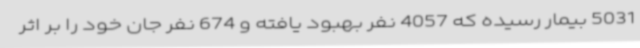
5031 بیمار رسیده که 4057 نفر بهبود یافته و 674 نفر جان خود را بر اثر